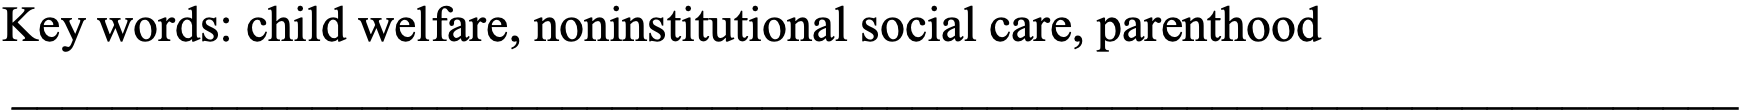
Key words: child welfare, noninstitutional social care, parenthood _____________________________________________________________________